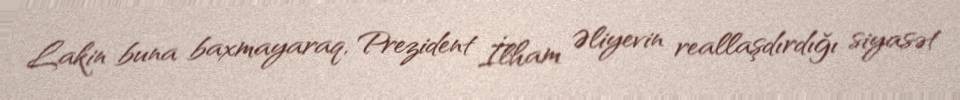
Lakin buna baxmayaraq, Prezident İlham Əliyevin reallaşdırdığı siyasət